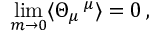
\operatorname * { l i m } _ { m \to 0 } \langle \Theta _ { \mu } \, ^ { \mu } \rangle = 0 \, ,